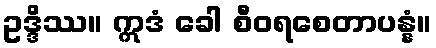
ဥဒ္ဒိဿ။ ဣဒံ ခေါ စီဝရစေတာပန္နံ။